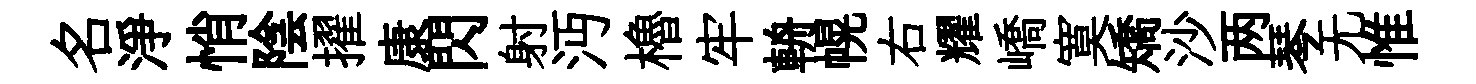
名淨悄陰擢康閃射沔櫓牢輈幌右耀嶠寞矯沙两琴无惟